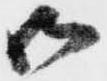
御